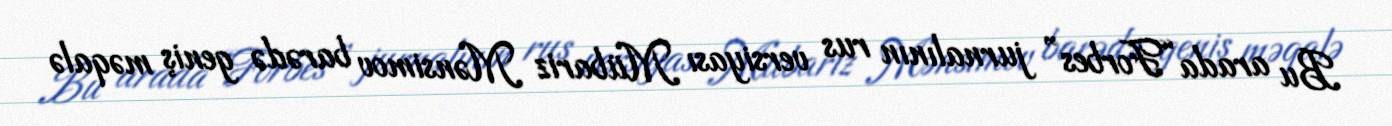
Bu arada “Forbes” jurnalının rus versiyası Mübariz Mənsimov barədə geniş məqalə